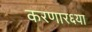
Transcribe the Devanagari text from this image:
करणार६या